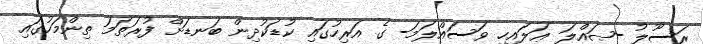
ރަސޫލު -ޞައްލަ ޢަލައިހި ވަސައްލަމަ- ގެ އަރިހުގައި ކުޑަކުދިން ބަނޑަށް ފުރަތަމަ ތިންމަހުގައި